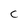
Character: c